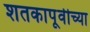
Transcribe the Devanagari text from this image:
शतकापूर्वीच्या